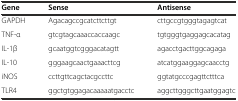
| Gene | Sense | Antisense |
 | --- | --- | --- |
 | GAPDH | Agacagccgcatcttcttgt | cttgccgtgggtagagtcat |
 | TNF-α | gtcgtagcaaaccaccaagc | tgtgggtgaggagcacatag |
 | IL-1β | gcaatggtcgggacatagtt | agacctgacttggcagaga |
 | IL-10 | gggaagcaactgaaacttcg | atcatggaaggagcaacctg |
 | iNOS | ccttgttcagctacgccttc | ggtatgcccgagttctttca |
 | TLR4 | ggctgtggagacaaaaatgacctc | aggcttgggcttgaatggagtc |